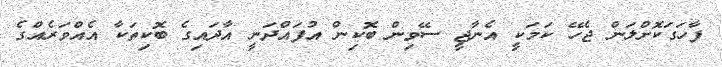
ފާހަގަކޮށްލަން ޖެހޭ ކަމަކީ އެނާޖީ ސޭވިން ބޮކިން އުފައްދަނީ އާދައިގެ ބޮކިތަކާ އެއްވަރެއްގެ